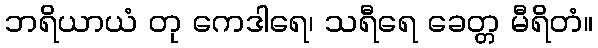
ဘရိယာယံ တု ကေဒါရေ၊ သရီရေ ခေတ္တ မီရိတံ။